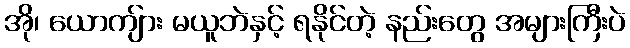
အို၊ ယောကျ်ား မယူဘဲနှင့် ရနိုင်တဲ့ နည်းတွေ အများကြီးပဲ